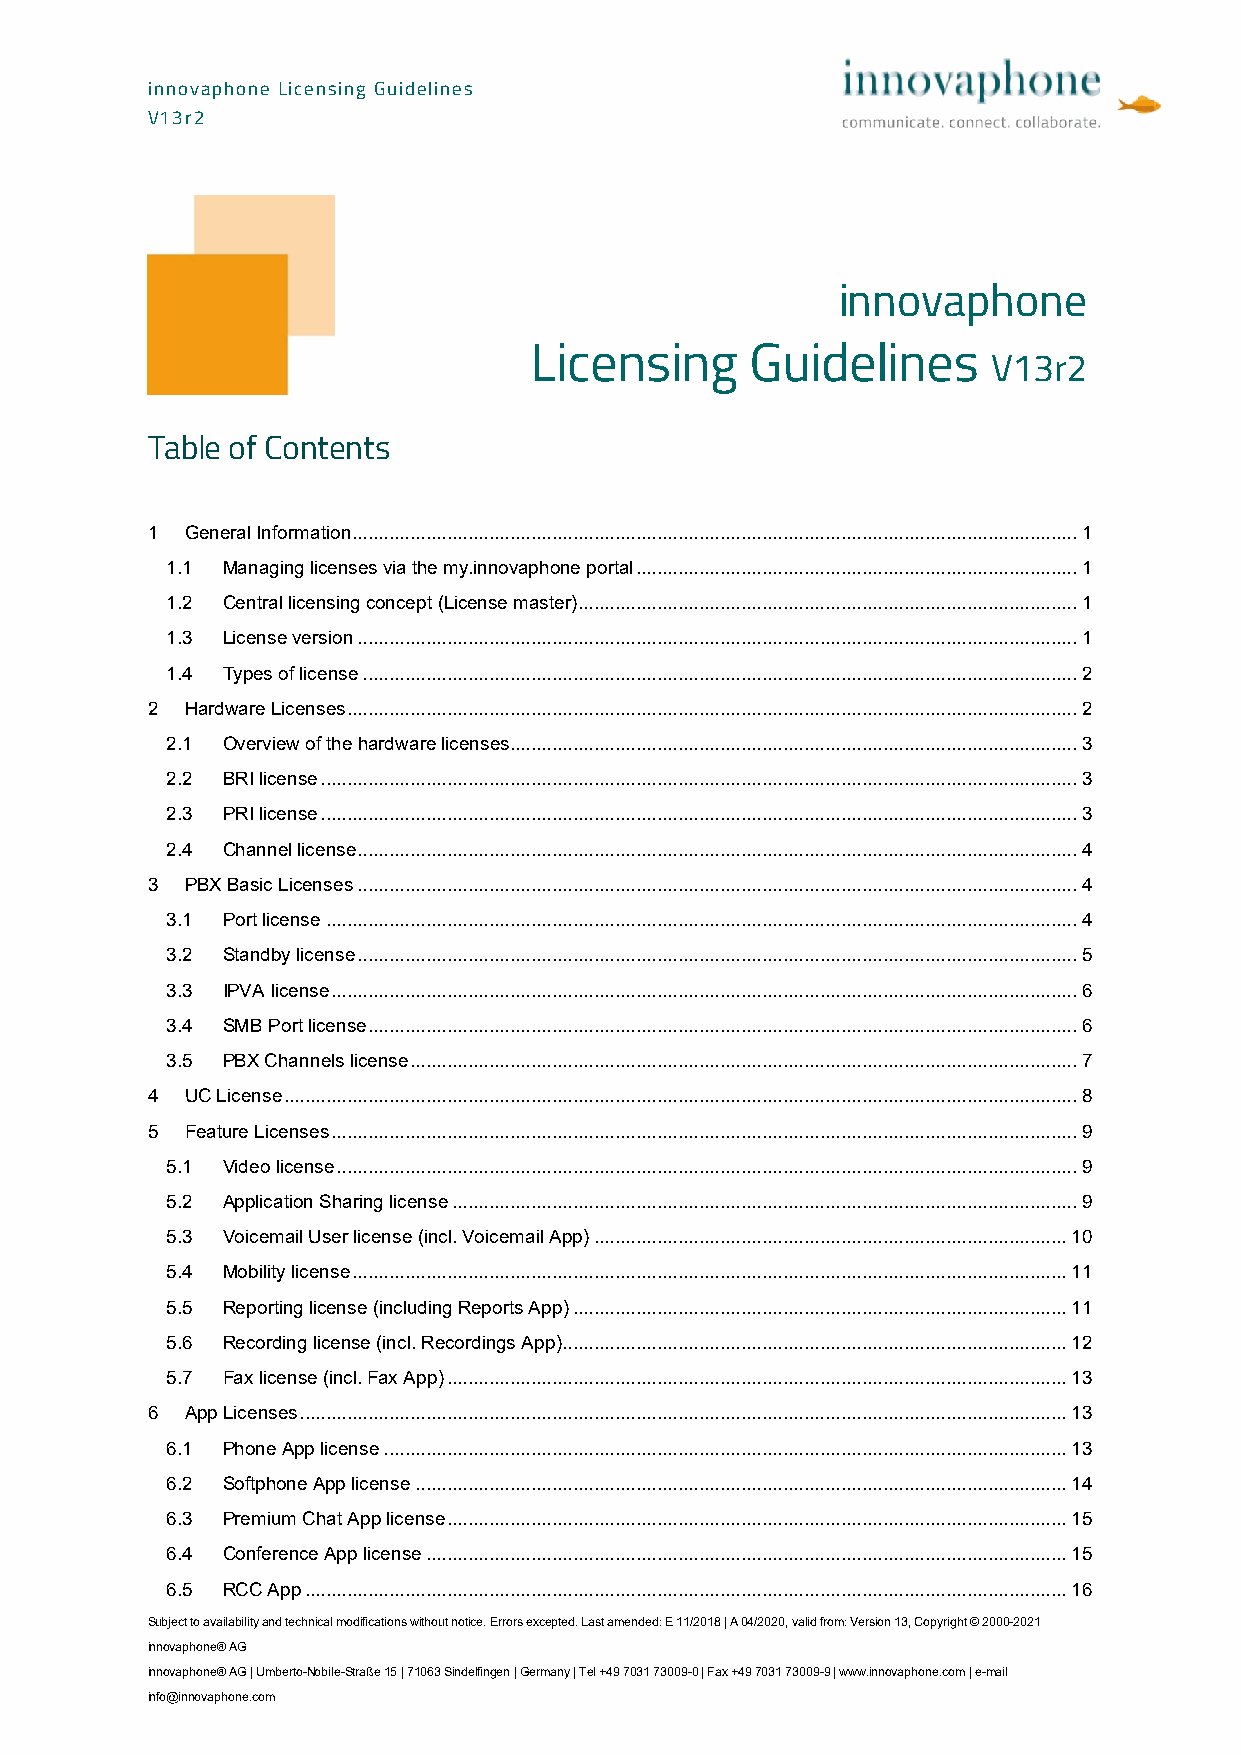
innovaphone Licensing Guidelines
 V13r2
 innovaphone
 Licensing      Guidelines
 V13r2
 Table of Contents
 1 General Information .......................................................................................................................................... 1
 1.1 Managing licenses via the my.innovaphone portal .................................................................................... 1
 1.2 Central licensing concept (License master) ............................................................................................... 1
 1.3 License version ......................................................................................................................................... 1
 1.4 Types of license ........................................................................................................................................ 2
 2 Hardware Licenses ........................................................................................................................................... 2
 2.1 Overview of the hardware licenses ............................................................................................................ 3
 2.2 BRI license ................................................................................................................................................ 3
 2.3 PRI license ................................................................................................................................................ 3
 2.4 Channel license ......................................................................................................................................... 4
 3 PBX Basic Licenses ......................................................................................................................................... 4
 3.1 Port license ............................................................................................................................................... 4
 3.2 Standby license ......................................................................................................................................... 5
 3.3 IPVA license .............................................................................................................................................. 6
 3.4 SMB Port license ....................................................................................................................................... 6
 3.5 PBX Channels license ............................................................................................................................... 7
 4 UC License ....................................................................................................................................................... 8
 5 Feature Licenses .............................................................................................................................................. 9
 5.1 Video license ............................................................................................................................................. 9
 5.2 Application Sharing license ....................................................................................................................... 9
 5.3 Voicemail User license (incl. Voicemail App) .......................................................................................... 10
 5.4 Mobility license ........................................................................................................................................ 11
 5.5 Reporting license (including Reports App) .............................................................................................. 11
 5.6 Recording license (incl. Recordings App) ................................................................................................ 12
 5.7 Fax license (incl. Fax App) ...................................................................................................................... 13
 6 App Licenses .................................................................................................................................................. 13
 6.1 Phone App license .................................................................................................................................. 13
 6.2 Softphone App license ............................................................................................................................ 14
 6.3 Premium Chat App license ...................................................................................................................... 15
 6.4 Conference App license .......................................................................................................................... 15
 6.5 RCC App ................................................................................................................................................. 16
 Subject to availability and technical modifications without notice. Errors excepted. Last amended: E 11/2018 | A 04/2020, valid from: Version 13, Copyright © 2000-2021
 innovaphone® AG
 innovaphone® AG | Umberto-Nobile-Straße 15 | 71063 Sindelfingen | Germany | Tel +49 7031 73009-0 | Fax +49 7031 73009-9 | www.innovaphone.com | e-mail
 info@innovaphone.com